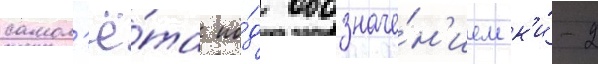
самол'ё́та по́д обозначе́н'ием к'и́-2